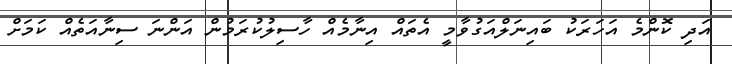
އަދި ކޮންމެ އަހަރަކު ބައިނަލްއަގުވާމީ އެތައް އިނާމެއް ހާސިލުކުރަމުން އަންނަ ސިނާއަތެއް ކަމަށް